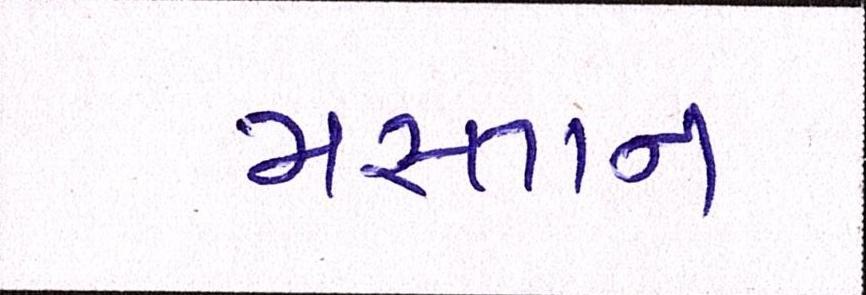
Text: મસ્તાન